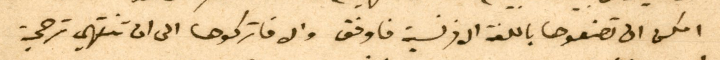
امكن الى تضعوها باللغة الافرنسية فاوفق والا فاتركوها الى ان تنتهي ترجمة